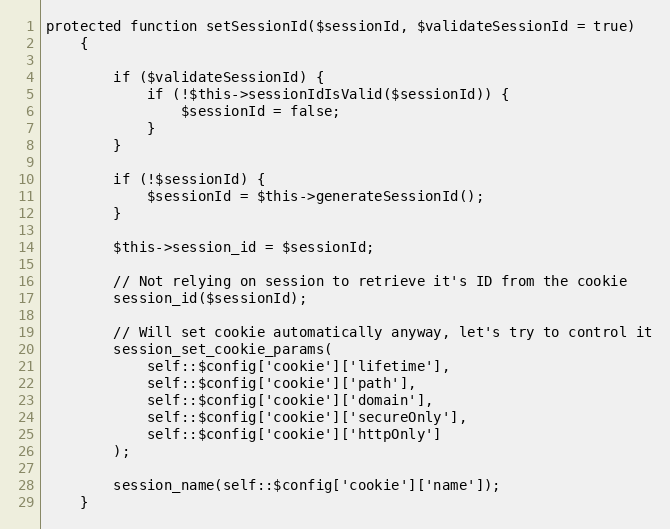
Language: PHP
protected function setSessionId($sessionId, $validateSessionId = true)
    {

        if ($validateSessionId) {
            if (!$this->sessionIdIsValid($sessionId)) {
                $sessionId = false;
            }
        }

        if (!$sessionId) {
            $sessionId = $this->generateSessionId();
        }

        $this->session_id = $sessionId;

        // Not relying on session to retrieve it's ID from the cookie
        session_id($sessionId);

        // Will set cookie automatically anyway, let's try to control it
        session_set_cookie_params(
            self::$config['cookie']['lifetime'],
            self::$config['cookie']['path'],
            self::$config['cookie']['domain'],
            self::$config['cookie']['secureOnly'],
            self::$config['cookie']['httpOnly']
        );

        session_name(self::$config['cookie']['name']);
    }